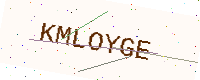
Text: KMLOYGE